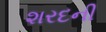
શરદની